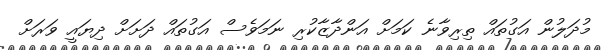
މުދަލުން އަގުތައް ތިރިވާނެ ކަމަށް އަންދާޒާކުރި ނަމަވެސް އަގުތައް ދަށަށް ދިޔައީ ވަރަށް